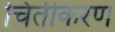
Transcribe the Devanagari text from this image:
चितीकरण